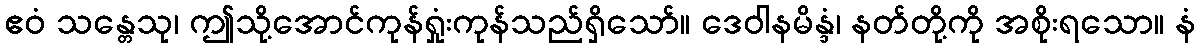
ဧဝံ သန္တေသု၊ ဤသို့အောင်ကုန်ရှုံးကုန်သည်ရှိသော်။ ဒေဝါနမိန္ဒံ၊ နတ်တို့ကို အစိုးရသော။ နံ